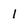
Character: 1